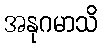
အနုဂမာသိ